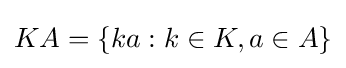
KA=\{ka:k\in K,a\in A\}